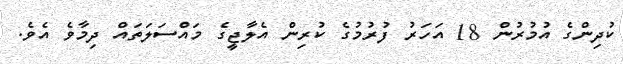
ކުދިންގެ އުމުރުން 18 އަހަރު ފުރުމުގެ ކުރިން އެލާޖީގެ މައްސަލަތައް ދިމާވެ އެވެ.